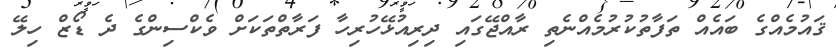
ޤައުމެއްގެ ބައެއް ތަފާތުކުރުމެއްނެތި ރާއްޖޭގައި ދިރިއުޅޭހުރިހާ ފަރާތްތަކަށް ވެކްސިންގެ ދެ ޑޯޒް ހިލޭ